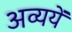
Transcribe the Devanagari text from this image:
अव्ययें